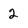
Character: 2